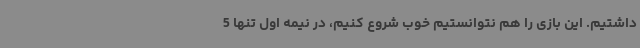
داشتیم. این بازی را هم نتوانستیم خوب شروع کنیم، در نیمه اول تنها 5